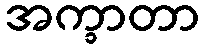
အက္ခာတာ